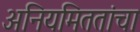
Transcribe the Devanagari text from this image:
अनियमिततांचा